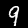
Digit: 9